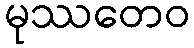
မုဿတေဝ